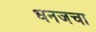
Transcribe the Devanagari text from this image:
धनजचा